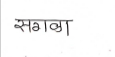
मजकूर: सगळा